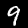
Digit: 9